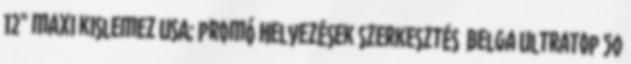
12" maxi kislemez USA; promó Helyezések szerkesztés Belga Ultratop 50